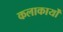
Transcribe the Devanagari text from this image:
कलाकार्यों